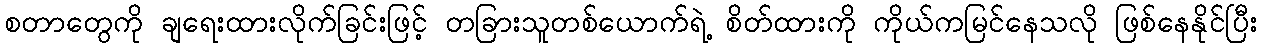
စတာတွေကို ချရေးထားလိုက်ခြင်းဖြင့် တခြားသူတစ်ယောက်ရဲ့ စိတ်ထားကို ကိုယ်ကမြင်နေသလို ဖြစ်နေနိုင်ပြီး